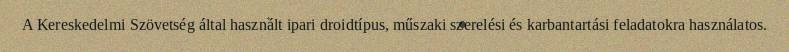
A Kereskedelmi Szövetség által használt ipari droidtípus, műszaki szerelési és karbantartási feladatokra használatos.